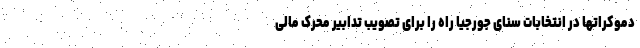
دموکراتها در انتخابات سنای جورجیا راه را برای تصویب تدابیر محرک مالی